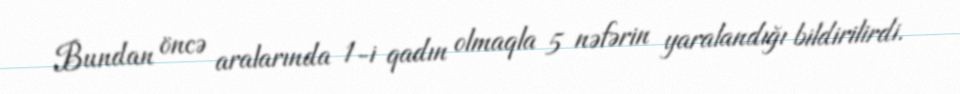
Bundan öncə aralarında 1-i qadın olmaqla 5 nəfərin yaralandığı bildirilirdi.